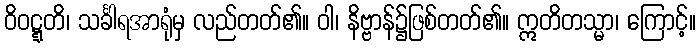
ဝိဝဋ္ဋတိ၊ သင်္ခါရအာရုံမှ လည်တတ်၏။ ဝါ၊ နိဗ္ဗာန်၌ဖြစ်တတ်၏။ ဣတိတသ္မာ၊ ကြောင့်။